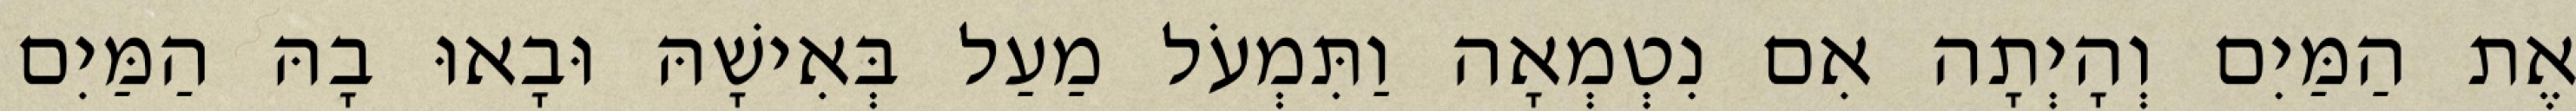
אֶת הַמַּיִם וְהָיְתָה אִם נִטְמְאָה וַתִּמְעֹל מַעַל בְּאִישָׁהּ וּבָאוּ בָהּ הַמַּיִם